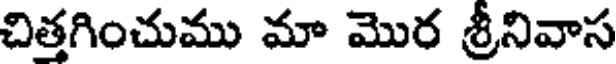
చిత్తగించుము మా మొర శ్రీనివాస